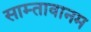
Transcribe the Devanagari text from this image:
साम्तावानम